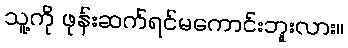
သူ့ကို ဖုန်းဆက်ရင်မကောင်းဘူးလား။